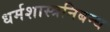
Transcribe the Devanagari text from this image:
धर्मशास्त्रनिबन्ध